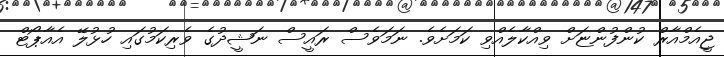
ޖީއެމްއާރް ކުންފުންޏަށް ވިއްކާލެއްވި ކަމަށެވެ. ނަމަވެސް ރައީސް ނަޝީދުގެ ވެރިކަމުގައި ހުޅުލޭ އެއާޕޯޓް